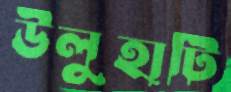
উলুহাটি